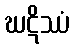
ဃဋိဿံ